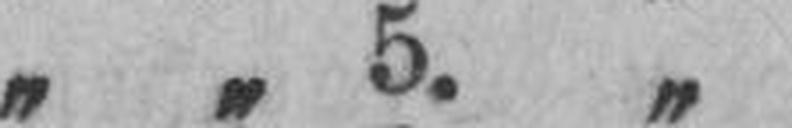
„ „ 5. „